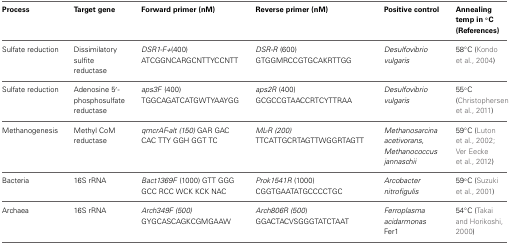
| Process | Target gene | Forward primer (nM) | Reverse primer (nM) | Positive control | Annealing temp in °C (References) |
 | --- | --- | --- | --- | --- | --- |
 | <ROWSPAN=2> Sulfate reduction | <ROWSPAN=2> Dissimilatory sulfite reductase | DSR1-F+(400) | DSR-R (600) | <ROWSPAN=2> Desulfovibrio vulgaris | <ROWSPAN=2> 58°C (Kondo et al., 2004) |
 | ATCGGNCARGCNTTYCCNTT | GTGGMRCCGTGCAKRTTGG |
 | <ROWSPAN=2> Sulfate reduction | <ROWSPAN=2> Adenosine 5′-phosphosulfate reductase | aps3F (400) | aps2R (400) | <ROWSPAN=2> Desulfovibrio vulgaris | <ROWSPAN=2> 55°C (Christophersen et al., 2011) |
 | TGGCAGATCATGWTYAAYGG | GCGCCGTAACCRTCYTTRAA |
 | <ROWSPAN=2> Methanogenesis | <ROWSPAN=2> Methyl CoM reductase | qmcrAF-alt (150) GAR GAC | ML-R (200) | <ROWSPAN=2> Methanosarcina acetivorans, Methanococcus jannaschii | <ROWSPAN=2> 59°C (Luton et al., 2002; Ver Eecke et al., 2012) |
 | CAC TTY GGH GGT TC | TTCATTGCRTAGTTWGGRTAGTT |
 | <ROWSPAN=2> Bacteria | <ROWSPAN=2> 16S rRNA | Bact1369F (1000) GTT GGG | Prok1541R (1000) | <ROWSPAN=2> Arcobacter nitrofigulis | <ROWSPAN=2> 59°C (Suzuki et al., 2001) |
 | GCC RCC WCK KCK NAC | CGGTGAATATGCCCCTGC |
 | <ROWSPAN=2> Archaea | <ROWSPAN=2> 16S rRNA | Arch349F (500) | Arch806R (500) | <ROWSPAN=2> Ferroplasma acidarmonas Fer1 | <ROWSPAN=2> 54°C (Takai and Horikoshi, 2000) |
 | GYGCASCAGKCGMGAAW | GGACTACVSGGGTATCTAAT |